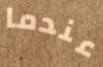
عندما